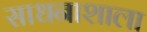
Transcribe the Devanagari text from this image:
साधनाशाला